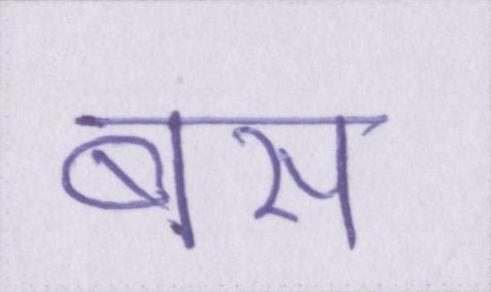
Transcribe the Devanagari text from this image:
बस